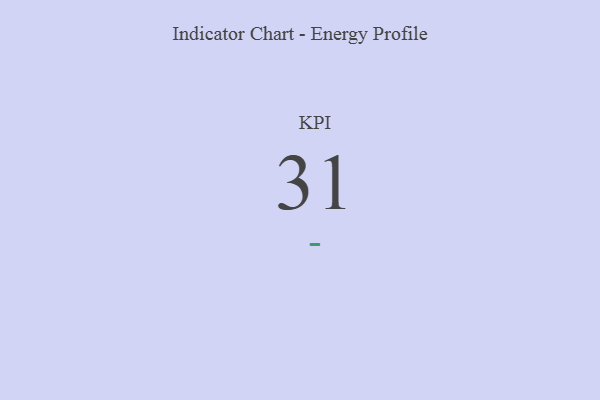
{"axis": {"x": "KPI", "y": "Value"}, "legend": [""], "data": [{"x": "KPI", "y": 31, "type": ""}]}